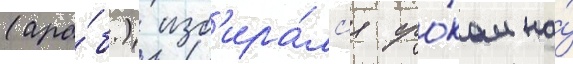
(ара́б.) изб'ира́лс'я сро́ком на́